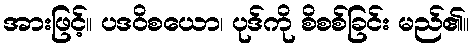
အားဖြင့်။ ပဒဝိစယော၊ ပုဒ်ကို စိစစ်ခြင်း မည်၏။